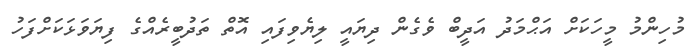
މުހިންމު މީހަކަށް އަޙްމަދު އަދީބް ވެގެން ދިޔައީ ލިޔެވިފައި އޮތް ތަދުބީރެއްގެ ފިޔަވަޅަކަށްފަހު